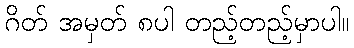
ဂိတ် အမှတ် ၈ပါ တည့်တည့်မှာပါ။